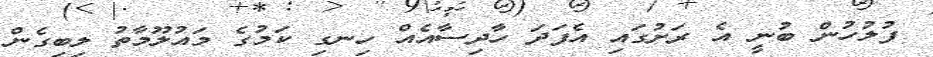
ފުލުހުން ބުނީ އެ ރަށުގައި އެފަދަ ހާދިސާއެއް ހިނގި ކަމުގެ މައުލޫމާތު ލިބިގެން